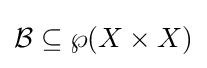
{\mathcal {B}}\subseteq \wp (X\times X)